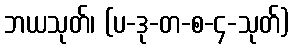
ဘယသုတ်၊ (ပ-ဒု-တ-စ-၄-သုတ်)